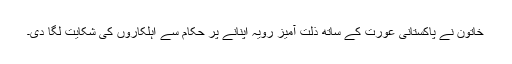
خاتون نے پاکستانی عورت کے ساتھ ذلت آمیز رویہ اپنانے پر حکام سے اہلکاروں کی شکایت لگا دی۔